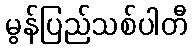
မွန်ပြည်သစ်ပါတီ